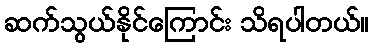
ဆက်သွယ်နိုင်ကြောင်း သိရပါတယ်။